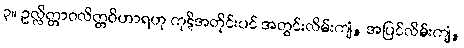
၃။ ဥလ္လိတ္တာဝလိတ္တဝိဟာရဟု ကုဋိအတိုင်းပင် အတွင်းလိမ်းကျံ, အပြင်လိမ်းကျံ,